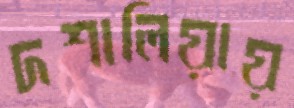
দশালিয়ায়